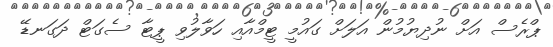
ޕްރެސް އަށް ނުދިޔުމުން އަލަށް ގައުމީ ޓީމްއާއި ހަވާލުވި ޕީޓާ ސެގަޓް ދަގަނޑޭ